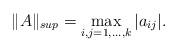
LaTeX: \begin{align*}\|A\|_{sup}=\max_{i,j=1,\dots,k}|a_{ij}|.\end{align*}